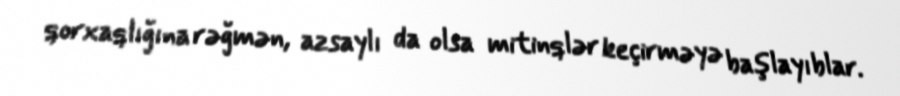
qorxaqlığına rəğmən, azsaylı da olsa mitinqlər keçirməyə başlayıblar.